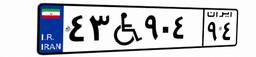
۴۳W۹۰۴۹۴